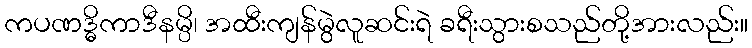
ကပဏဒ္ဓိကာဒီနမ္ပိ၊ အထီးကျန်မွဲလူဆင်းရဲ ခရီးသွားစသည်တို့အားလည်း။